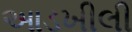
આડખીલી